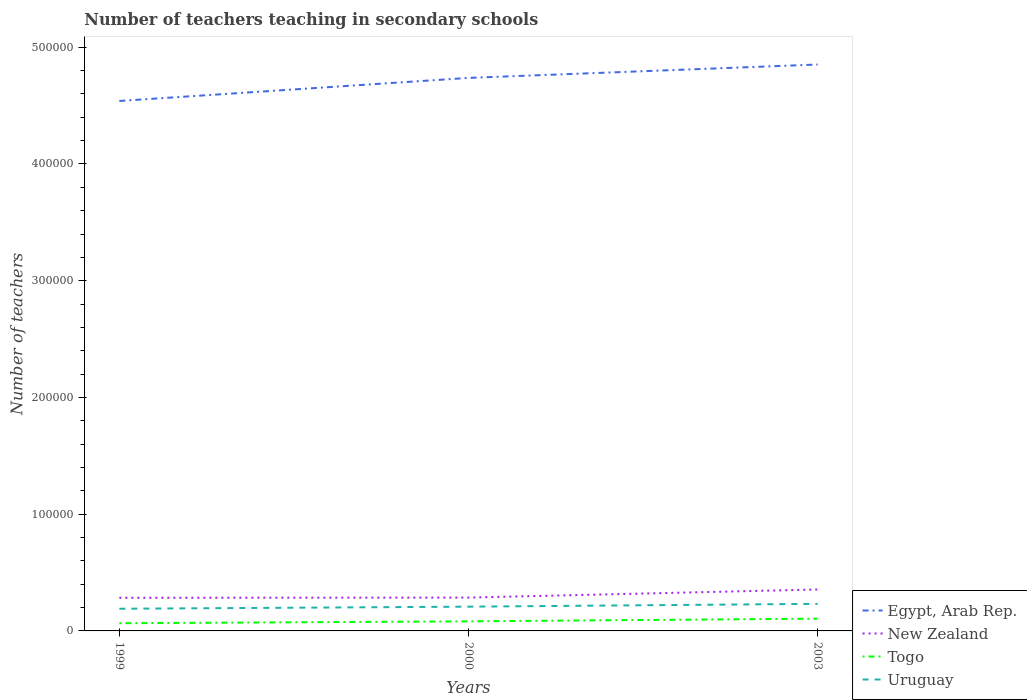
| Years | Egypt, Arab Rep. | New Zealand | Togo | Uruguay |
 | --- | --- | --- | --- | --- |
 | 1999 | 4.54e+05 | 2.84e+04 | 6.6e+03 | 1.9e+04 |
 | 2000 | 4.74e+05 | 2.85e+04 | 8.2e+03 | 2.08e+04 |
 | 2003 | 4.85e+05 | 3.55e+04 | 1.05e+04 | 2.32e+04 |